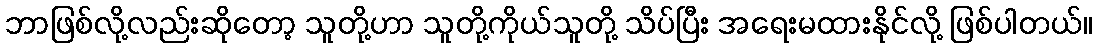
ဘာဖြစ်လို့လည်းဆိုတော့ သူတို့ဟာ သူတို့ကိုယ်သူတို့ သိပ်ပြီး အရေးမထားနိုင်လို့ ဖြစ်ပါတယ်။